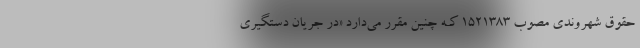
حقوق شهروندی مصوب ۱۵۲۱۳۸۳ کـه چنین مقرر می‌دارد «در جریان دستگیری